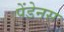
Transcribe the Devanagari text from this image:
पेंडेनस